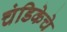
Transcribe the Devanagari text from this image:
चंडिकेचे